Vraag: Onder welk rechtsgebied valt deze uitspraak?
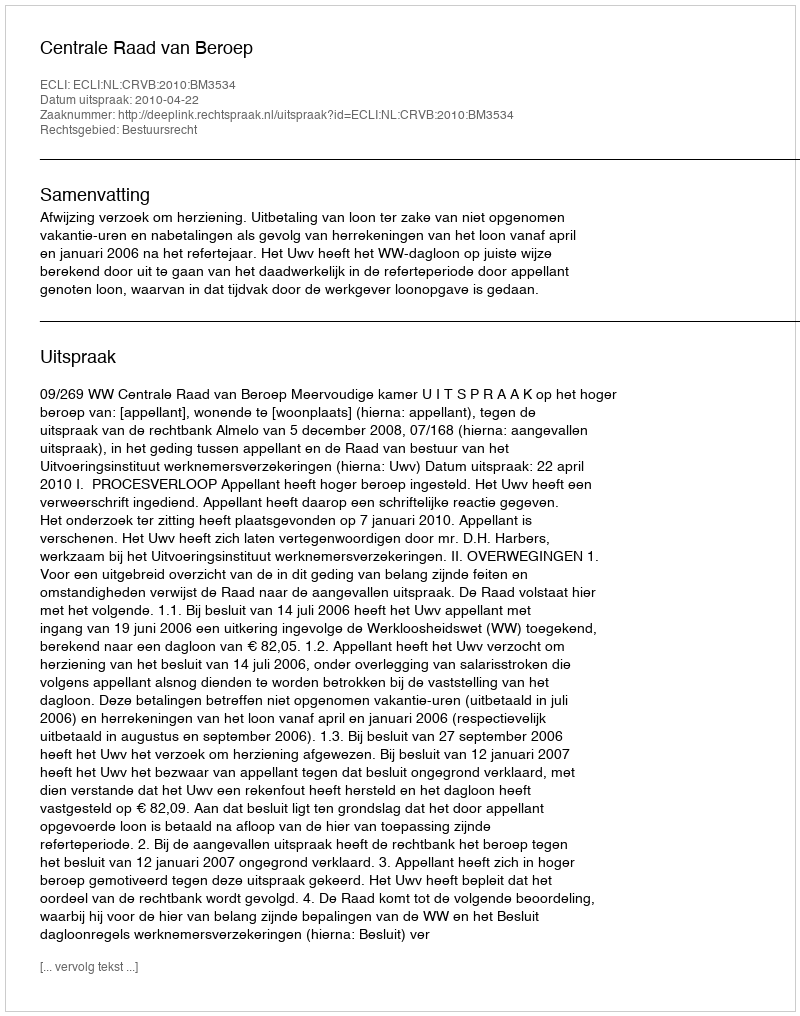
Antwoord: Bestuursrecht